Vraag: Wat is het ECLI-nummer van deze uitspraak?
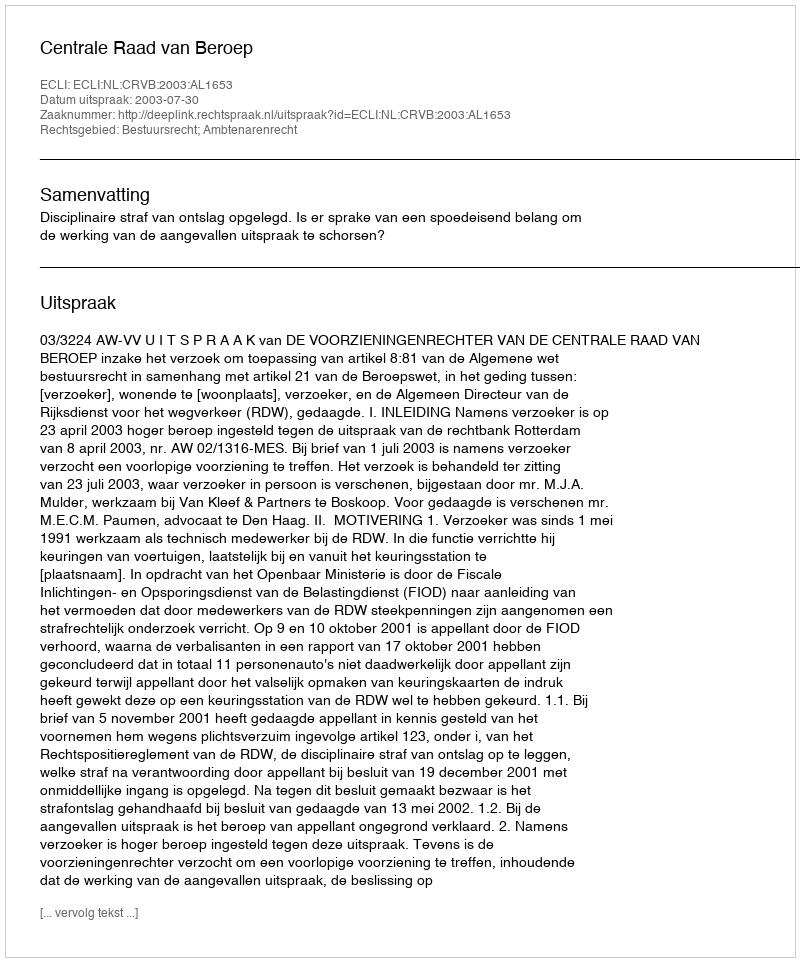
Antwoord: ECLI:NL:CRVB:2003:AL1653